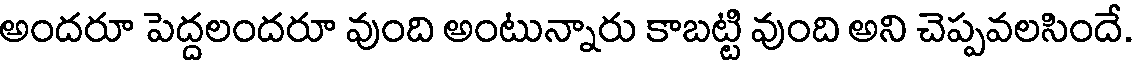
అందరూ పెద్దలందరూ వుంది అంటున్నారు కాబట్టి వుంది అని చెప్పవలసిందే.